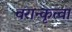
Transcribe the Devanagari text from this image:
वरान्कृत्वा